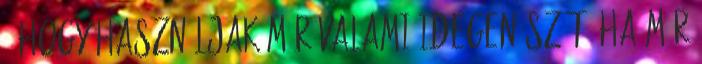
- hogy használjak már valami idegen szót, ha már